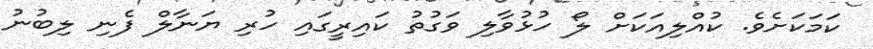
ކަމަކަށެވެ. ކުއްލިއަކަށް ލޯ ހުޅުވާލި ވަގުތު ކައިރީގައި ހުރި ޔަނާލް ފެނި ލިބުނު